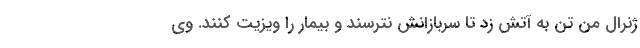
ژنرال من تن به آتش زد تا سربازانش نترسند و بیمار را ویزیت کنند. وی